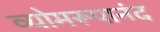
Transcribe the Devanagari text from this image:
व्योमरूपानंद